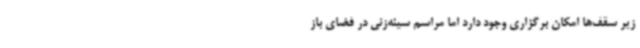
زیر سقف‌ها امکان برگزاری وجود دارد اما مراسم سینه‌زنی در فضای باز